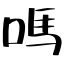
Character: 嗎